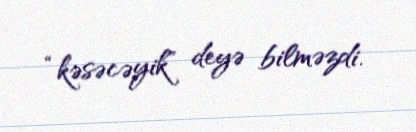
“kəsəcəyik” deyə bilməzdi.